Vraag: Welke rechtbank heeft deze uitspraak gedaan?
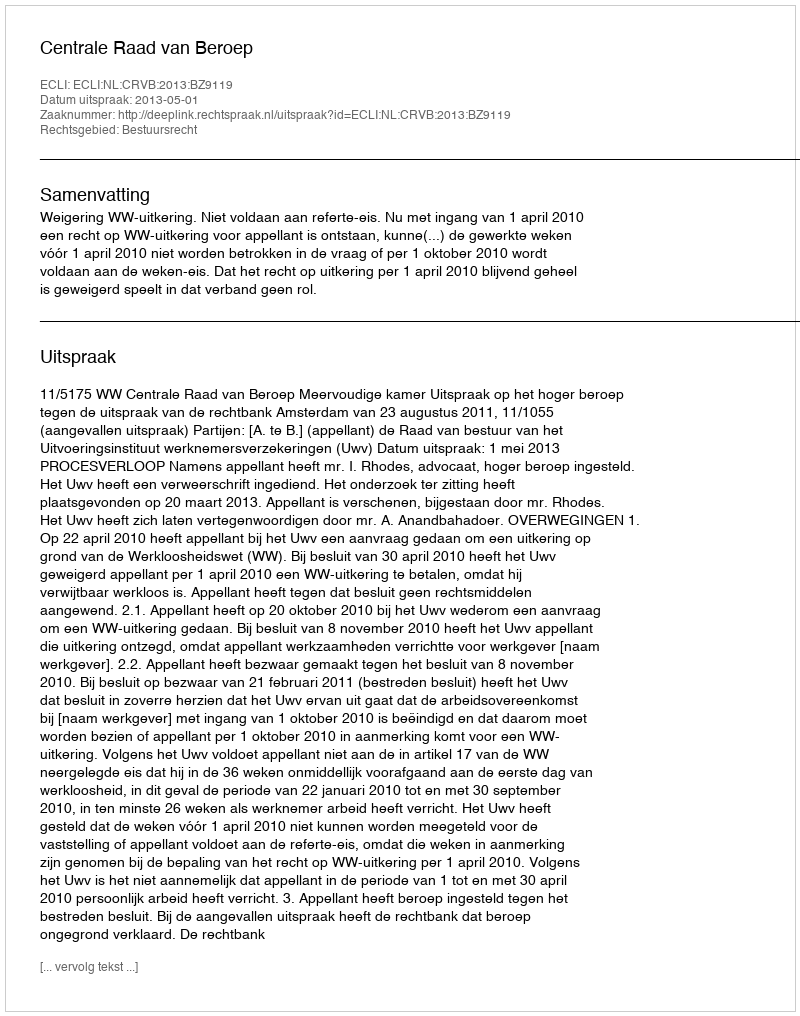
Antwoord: Centrale Raad van Beroep